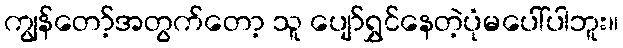
ကျွန်တော့်အတွက်တော့ သူ ပျော်ရွှင်နေတဲ့ပုံမပေါ်ပါဘူး။